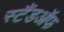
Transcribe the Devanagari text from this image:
स्टैंडऑफ